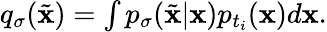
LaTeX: \begin{array}{r}{q_{\sigma}(\tilde{\mathbf{x}})=\int p_{\sigma}(\tilde{\mathbf{x}}|\mathbf{x})p_{t_{i}}(\mathbf{x})d\mathbf{x}.}\end{array}